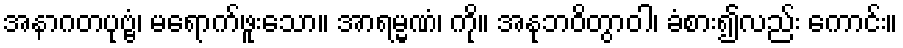
အနာဂတပုဗ္ဗံ၊ မရောက်ဖူးသော။ အာရမ္မဏံ၊ ကို။ အနုဘဝိတွာဝါ၊ ခံစား၍လည်း ကောင်း။